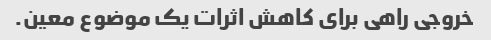
خروجی راهی برای کاهش اثرات یک موضوع معین.